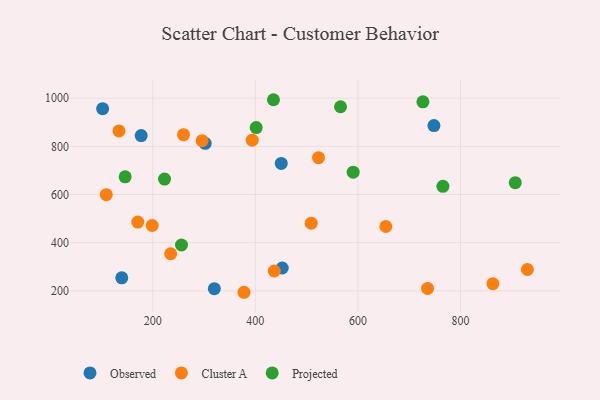
{"axis": {"x": "Ad Spend", "y": "Exam Score"}, "legend": ["Cluster A", "Observed", "Projected"], "data": [{"x": "748.2", "y": 886.1, "type": "Observed"}, {"x": "177.4", "y": 844.6, "type": "Observed"}, {"x": "102.2", "y": 956.5, "type": "Observed"}, {"x": "320.0", "y": 209.0, "type": "Observed"}, {"x": "450.5", "y": 729.2, "type": "Observed"}, {"x": "302.2", "y": 812.4, "type": "Observed"}, {"x": "139.5", "y": 254.1, "type": "Observed"}, {"x": "452.4", "y": 294.9, "type": "Observed"}, {"x": "109.3", "y": 599.5, "type": "Cluster A"}, {"x": "170.7", "y": 485.6, "type": "Cluster A"}, {"x": "259.9", "y": 848.5, "type": "Cluster A"}, {"x": "393.8", "y": 825.6, "type": "Cluster A"}, {"x": "134.1", "y": 863.9, "type": "Cluster A"}, {"x": "735.8", "y": 210.2, "type": "Cluster A"}, {"x": "930.4", "y": 288.7, "type": "Cluster A"}, {"x": "654.4", "y": 467.2, "type": "Cluster A"}, {"x": "377.8", "y": 194.1, "type": "Cluster A"}, {"x": "234.9", "y": 354.0, "type": "Cluster A"}, {"x": "296.2", "y": 823.4, "type": "Cluster A"}, {"x": "863.1", "y": 230.0, "type": "Cluster A"}, {"x": "508.9", "y": 481.0, "type": "Cluster A"}, {"x": "198.9", "y": 471.4, "type": "Cluster A"}, {"x": "436.9", "y": 282.5, "type": "Cluster A"}, {"x": "523.1", "y": 753.0, "type": "Cluster A"}, {"x": "146.1", "y": 673.3, "type": "Projected"}, {"x": "726.7", "y": 984.9, "type": "Projected"}, {"x": "906.8", "y": 649.0, "type": "Projected"}, {"x": "435.3", "y": 993.5, "type": "Projected"}, {"x": "590.7", "y": 692.7, "type": "Projected"}, {"x": "566.1", "y": 964.4, "type": "Projected"}, {"x": "222.9", "y": 664.1, "type": "Projected"}, {"x": "256.0", "y": 390.4, "type": "Projected"}, {"x": "401.6", "y": 878.0, "type": "Projected"}, {"x": "765.7", "y": 634.1, "type": "Projected"}]}